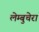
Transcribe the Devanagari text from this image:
लेम्बुचेरा